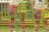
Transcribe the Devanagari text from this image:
भूचित्र